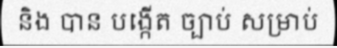
និង បាន បង្កើត ច្បាប់ សម្រាប់